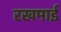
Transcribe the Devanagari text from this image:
रखमाई